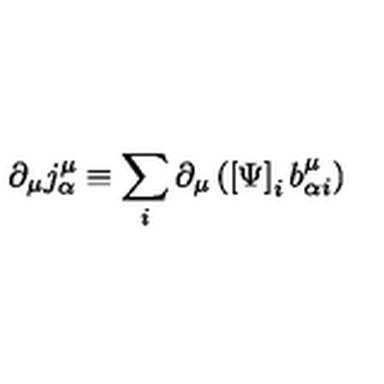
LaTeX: \partial _ { \mu } j _ { \alpha } ^ { \mu } \equiv \sum _ { i } \partial _ { \mu } \left( \left[ \Psi \right] _ { i } b _ { \alpha i } ^ { \mu } \right)